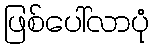
ဖြစ်ပေါ်လာပုံ